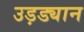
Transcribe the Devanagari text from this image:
उड़ड्यान